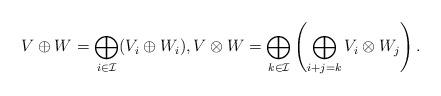
LaTeX: \begin{align*}V \oplus W = \bigoplus_{i \in \mathcal{I}}(V_i \oplus W_i), V \otimes W = \bigoplus_{k \in \mathcal{I}}\left(\bigoplus_{i+j=k} V_i \otimes W_j\right).\end{align*}